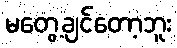
မတွေ့ချင်တော့ဘူး